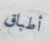
أطباق